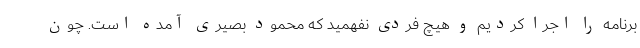
برنامه را اجرا کردیم و هیچ فردی نفهمید که محمود بصیری آمده است. چون